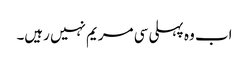
اب وہ پہلی سی مریم نہیں رہیں۔